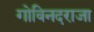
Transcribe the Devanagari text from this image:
गोविनदराजा